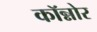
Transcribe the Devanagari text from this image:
कॉन्नोर